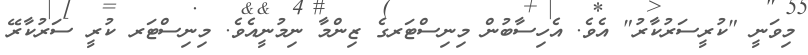
މިވަނީ "ކުރީސަރުކާރު" އެވެ. އެހިސާބުން މިނިސްޓަރގެ ޒިންމާ ނިމުނީއެވެ. މިނިސްޓަރ ކުރީ ސަރުކާރޭ